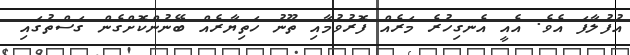
އުފުލާފަ އެވެ. އެއީ އެނގިހުރެ މަރެއް ފޮރުވުމާއި ތޫނު ހަތިޔާރެއް ބޭނުންކޮށްގެން ގަސްތުގައި